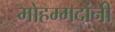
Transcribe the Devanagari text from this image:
मोहम्मदांनी